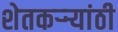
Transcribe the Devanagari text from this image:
शेतकऱ्र्‍यांठी